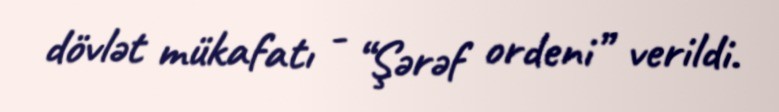
dövlət mükafatı - “Şərəf ordeni” verildi.